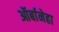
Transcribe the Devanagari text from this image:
ऑर्बानेहा